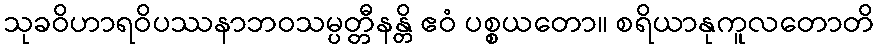
သုခဝိဟာရဝိပဿနာဘဝသမ္ပတ္တီနန္တိ ဧဝံ ပစ္စယတော။ စရိယာနုကူလတောတိ